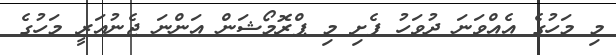
މި މަހުގެ އެއްވަނަ ދުވަހު ފެށި މި ޕްރޮމޯޝަން އަންނަ ޖެނުއަރީ މަހުގެ